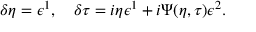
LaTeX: \delta \eta = \epsilon ^ { 1 } , \quad \delta \tau = i \eta \epsilon ^ { 1 } + i \Psi ( \eta , \tau ) \epsilon ^ { 2 } .